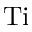
\mathrm { T i }